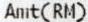
AMT(RM)